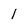
Character: l